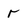
Character: r